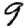
Digit: 9